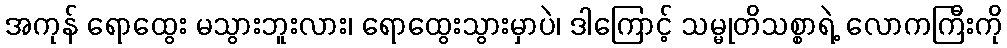
အကုန် ရောထွေး မသွားဘူးလား၊ ရောထွေးသွားမှာပဲ၊ ဒါကြောင့် သမ္မုတိသစ္စာရဲ့ လောကကြီးကို